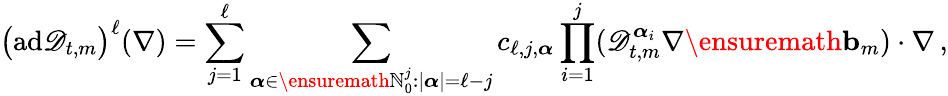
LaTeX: \bigl(\mathrm{ad}\mathscr{D}_{t,m}\bigr)^{\ell}(\nabla)=\sum_{j=1}^{\ell}\sum_{{\boldsymbol{\alpha}}\in\ensuremath{\mathbb{N}}_{0}^{j}\colon|{\boldsymbol{\alpha}}|=\ell-j}c_{\ell,j,{\boldsymbol{\alpha}}}\prod_{i=1}^{j}(\mathscr{D}_{t,m}^{{\boldsymbol{\alpha}}_{i}}\nabla\ensuremath{\mathbf{b}}_{m})\cdot\nabla\, ,